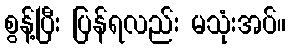
စွန့်ပြီး ပြန်ရလည်း မသုံးအပ်။